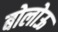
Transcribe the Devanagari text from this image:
बोलोऊ